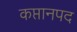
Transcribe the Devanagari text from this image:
कप्तानपद